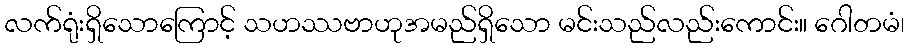
လက်ရုံးရှိသောကြောင့် သဟဿဗာဟုအမည်ရှိသော မင်းသည်လည်းကောင်း။ ဂေါတမံ၊